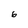
Character: 6